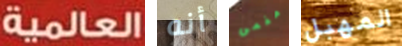
العالمية أنه مغمى المهبل